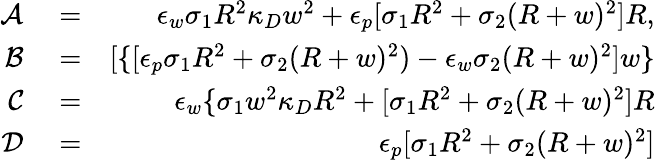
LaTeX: \begin{array}{rlr}{\mathcal{A}}&{{}=}&{\epsilon_{w}\sigma_{1}R^{2}\kappa_{D}w^{2}+\epsilon_{p}[\sigma_{1}R^{2}+\sigma_{2}(R+w)^{2}]R,}\\ {\mathcal{B}}&{{}=}&{[\{ [\epsilon_{p}\sigma_{1}R^{2}+\sigma_{2}(R+w)^{2})-\epsilon_{w}\sigma_{2}(R+w)^{2}]w\} }\\ {\mathcal{C}}&{{}=}&{\epsilon_{w}\{ \sigma_{1}w^{2}\kappa_{D}R^{2}+[\sigma_{1}R^{2}+\sigma_{2}(R+w)^{2}]R}\\ {\mathcal{D}}&{{}=}&{\epsilon_{p}[\sigma_{1}R^{2}+\sigma_{2}(R+w)^{2}]}\end{array}